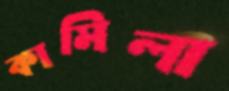
কামিলা